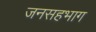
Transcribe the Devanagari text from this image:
जनसहभाग